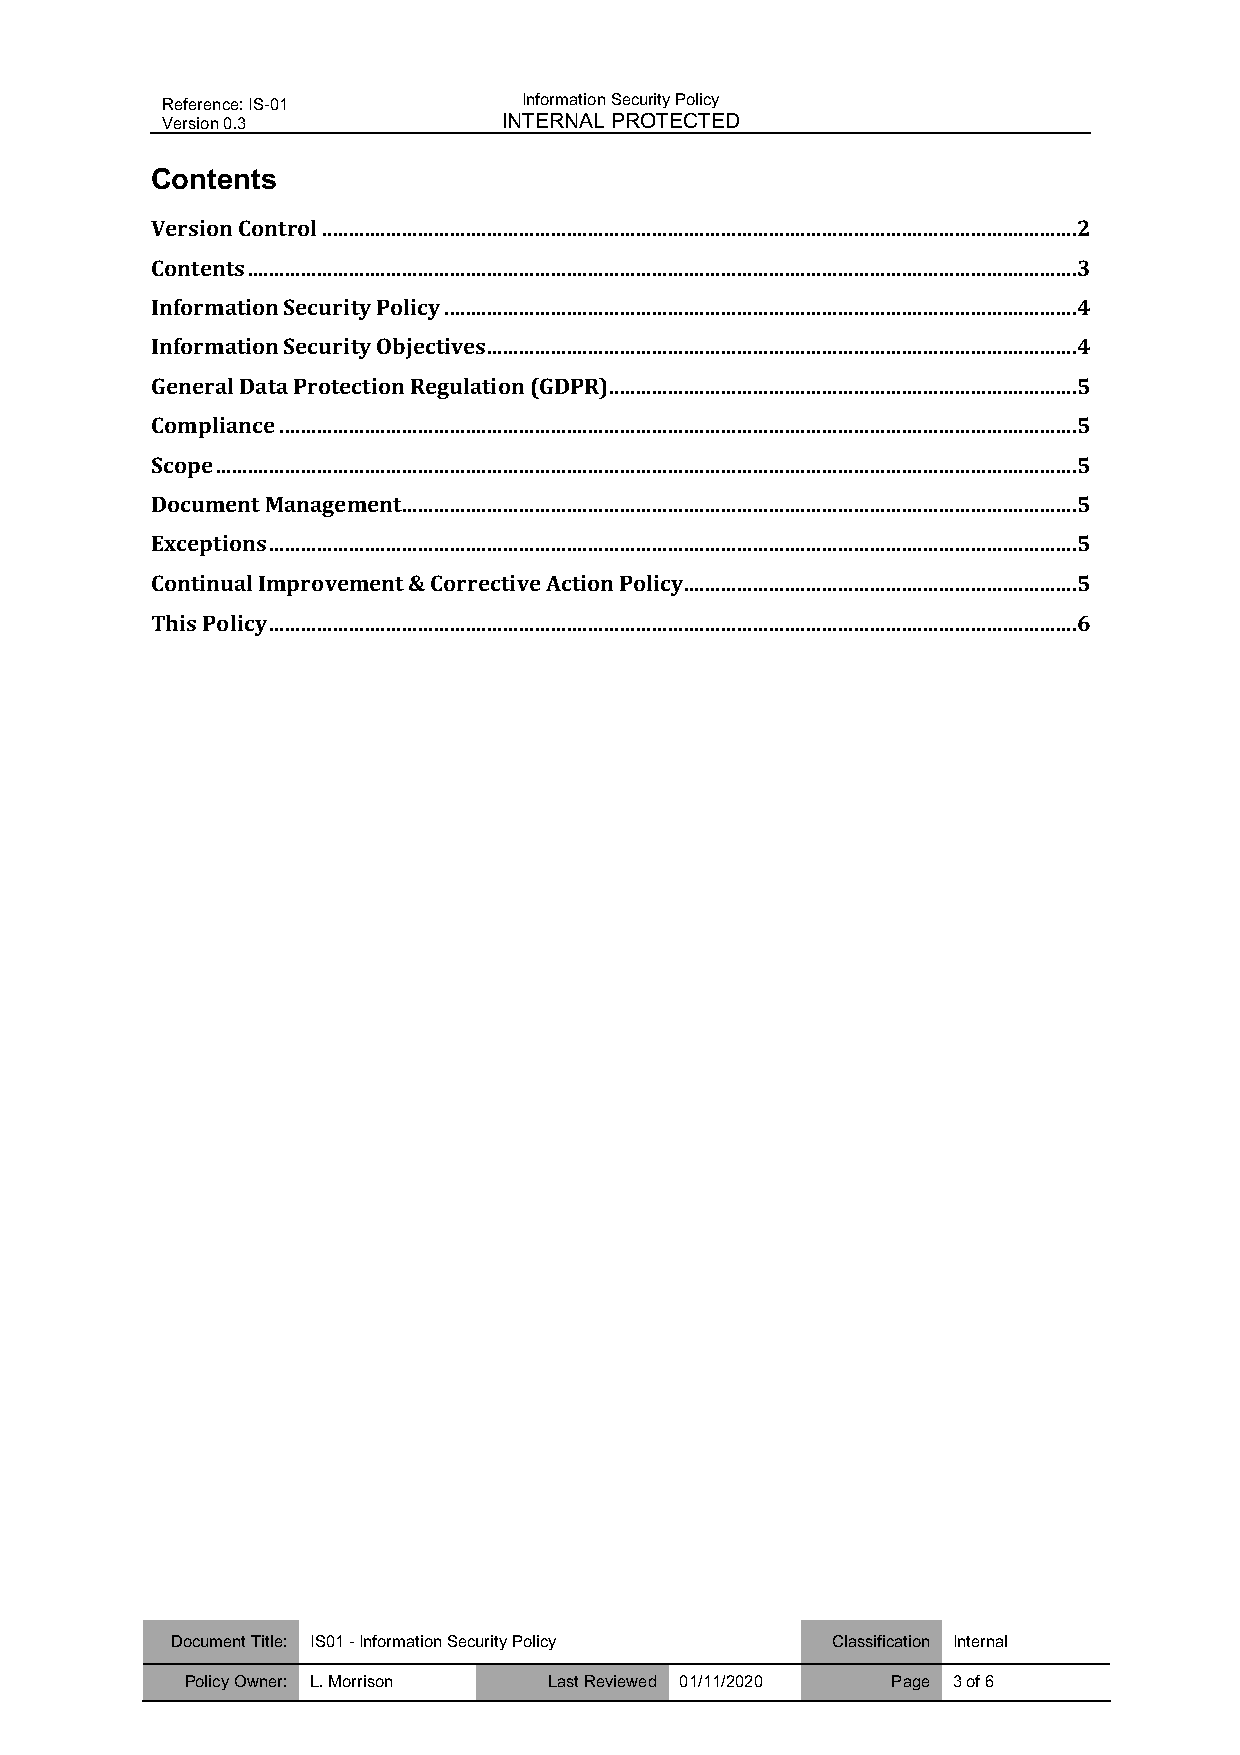
Reference: IS-01        Information Security Policy
 Version 0.3           INTERNAL PROTECTED
 Contents
 Version Control .............................................................................................................................................. 2
 Contents ............................................................................................................................................................ 3
 Information Security Policy ....................................................................................................................... 4
 Information Security Objectives ............................................................................................................... 4
 General Data Protection Regulation (GDPR) ........................................................................................ 5
 Compliance ...................................................................................................................................................... 5
 Scope .................................................................................................................................................................. 5
 Document Management ............................................................................................................................... 5
 Exceptions ........................................................................................................................................................ 5
 Continual Improvement & Corrective Action Policy .......................................................................... 5
 This Policy ........................................................................................................................................................ 6
 Document Title: IS01 - Information Security Policy Classification Internal
 Policy Owner: L. Morrison Last Reviewed 01/11/2020 Page 3 of 6